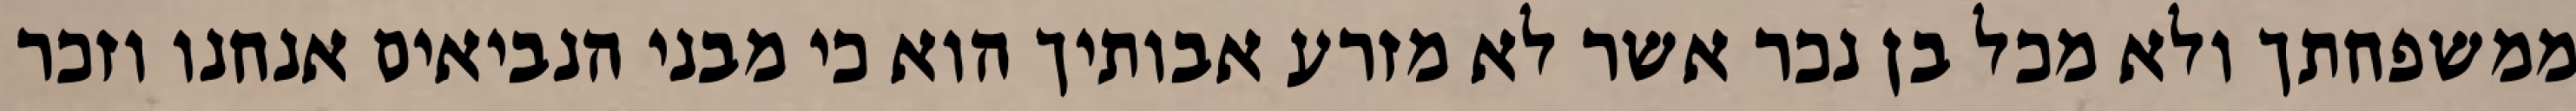
ממשפחתך ולא מכל בן נכר אשר לא מזרע אבותיך הוא כי מבני הנביאים אנחנו וזכר